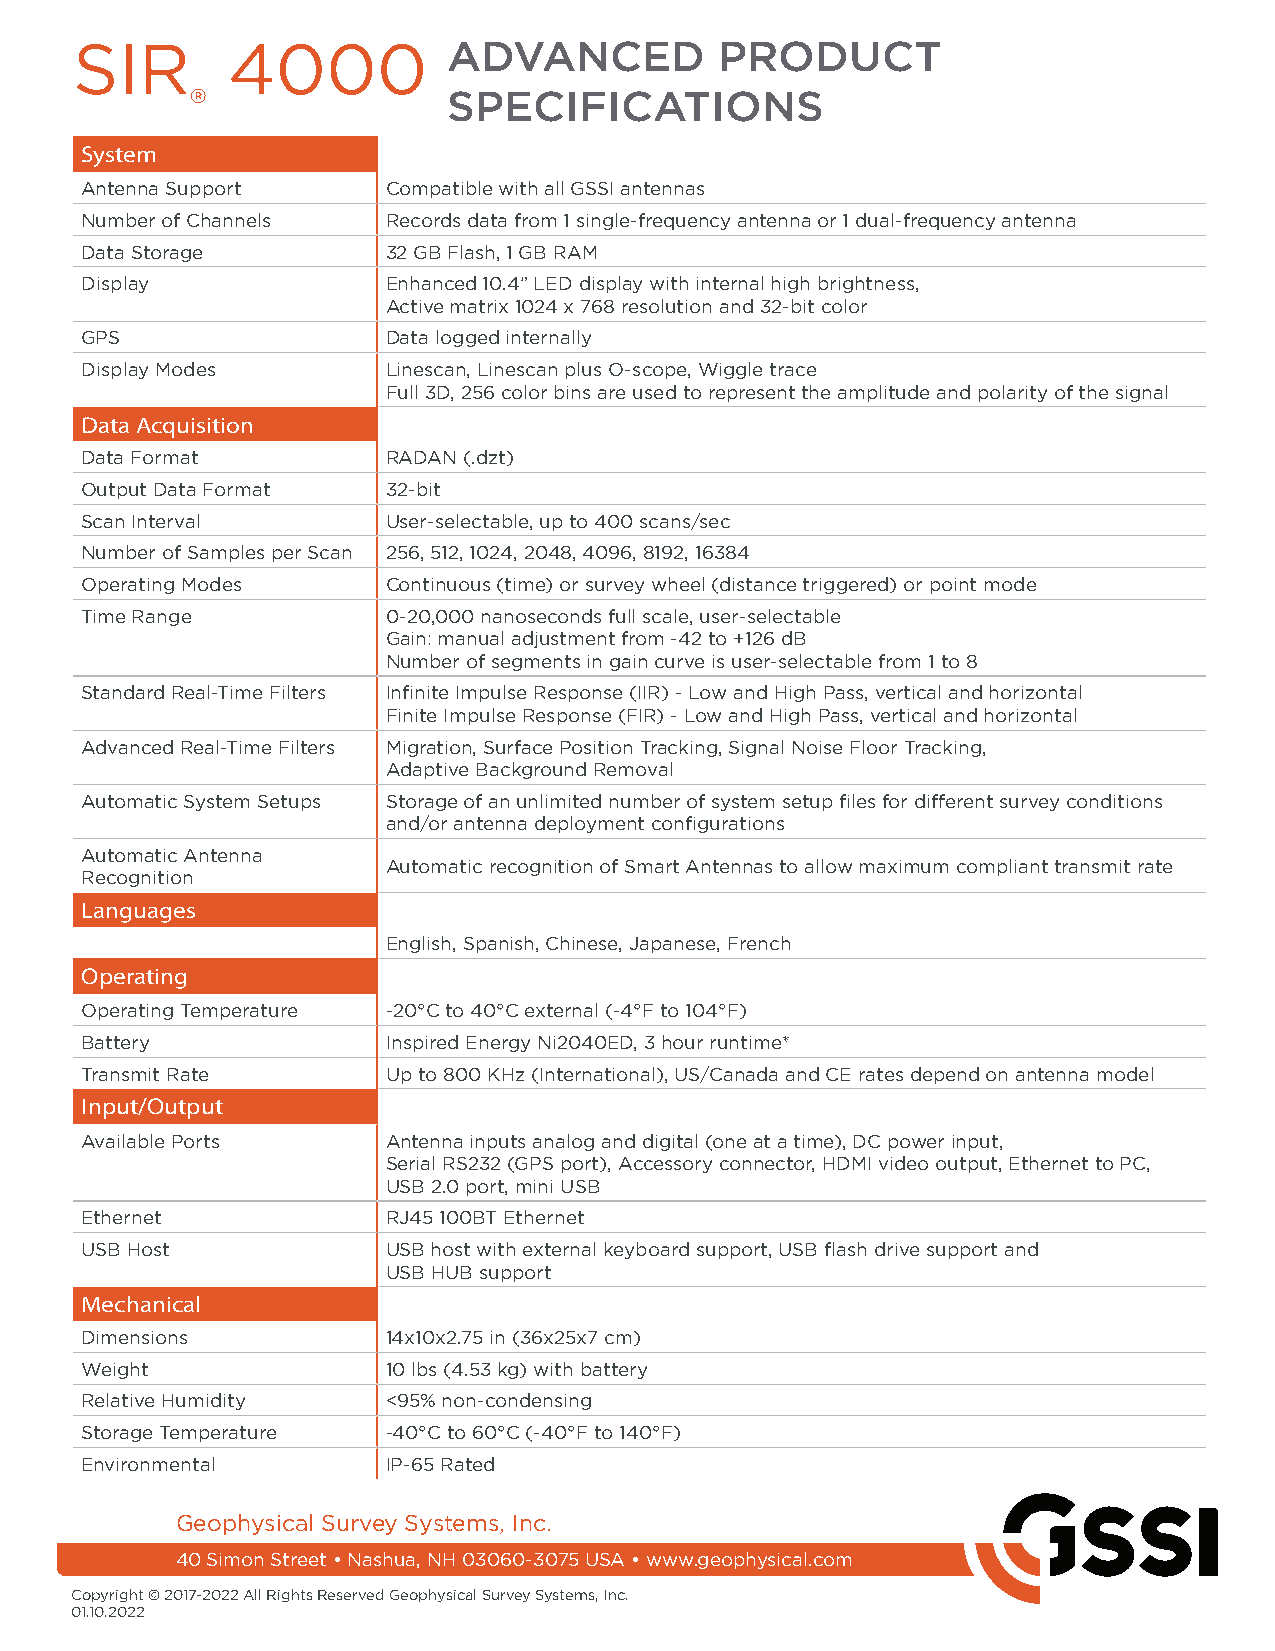
SIR       4000           ADVANCED          PRODUCT
 ®                SPECIFICATIONS
 System
 Antenna Support      Compatible with all GSSI antennas
 Number of Channels   Records data from 1 single-frequency antenna or 1 dual-frequency antenna
 Data Storage         32 GB Flash, 1 GB RAM
 Display              Enhanced 10.4” LED display with internal high brightness,
 Active matrix 1024 x 768 resolution and 32-bit color
 GPS                  Data logged internally
 Display Modes        Linescan, Linescan plus O-scope, Wiggle trace
 Full 3D, 256 color bins are used to represent the amplitude and polarity of the signal
 Data Acquisition
 Data Format          RADAN (.dzt)
 Output Data Format   32-bit
 Scan Interval        User-selectable, up to 400 scans/sec
 Number of Samples per Scan 256, 512, 1024, 2048, 4096, 8192, 16384
 Operating Modes      Continuous (time) or survey wheel (distance triggered) or point mode
 Time Range           0-20,000 nanoseconds full scale, user-selectable
 Gain: manual adjustment from -42 to +126 dB
 Number of segments in gain curve is user-selectable from 1 to 8
 Standard Real-Time Filters Infinite Impulse Response (IIR) - Low and High Pass, vertical and horizontal
 Finite Impulse Response (FIR) - Low and High Pass, vertical and horizontal
 Advanced Real-Time Filters Migration, Surface Position Tracking, Signal Noise Floor Tracking,
 Adaptive Background Removal
 Automatic System Setups Storage of an unlimited number of system setup files for different survey conditions
 and/or antenna deployment configurations
 Automatic Antenna
 Automatic recognition of Smart Antennas to allow maximum compliant transmit rate
 Recognition
 Languages
 English, Spanish, Chinese, Japanese, French
 Operating
 Operating Temperature -20°C to 40°C external (-4°F to 104°F)
 Battery              Inspired Energy Ni2040ED, 3 hour runtime*
 Transmit Rate        Up to 800 KHz (International), US/Canada and CE rates depend on antenna model
 Input/Output
 Available Ports      Antenna inputs analog and digital (one at a time), DC power input,
 Serial RS232 (GPS port), Accessory connector, HDMI video output, Ethernet to PC,
 USB 2.0 port, mini USB
 Ethernet             RJ45 100BT Ethernet
 USB Host             USB host with external keyboard support, USB flash drive support and
 USB HUB support
 Mechanical
 Dimensions           14x10x2.75 in (36x25x7 cm)
 Weight               10 lbs (4.53 kg) with battery
 Relative Humidity    <95% non-condensing
 Storage Temperature  -40°C to 60°C (-40°F to 140°F)
 Environmental        IP-65 Rated
 Geophysical Survey Systems, Inc.
 40 Simon Street • Nashua, NH 03060-3075 USA • www.geophysical.com
 Copyright © 2017-2022 All Rights Reserved Geophysical Survey Systems, Inc.
 01.10.2022